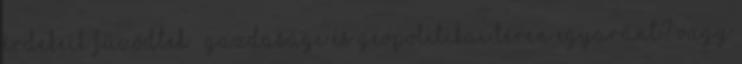
érdekeik fűződtek – gazdasági és geopolitikai téren egyaránt? Vagy